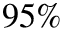
9 5 \%